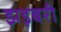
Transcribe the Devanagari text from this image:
झड़बरी